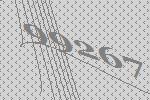
99267